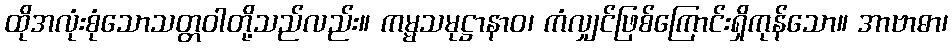
ထိုအလုံးစုံသောသတ္တဝါတို့သည်လည်း။ ကမ္မသမုဋ္ဌာနာဝ၊ ကံလျှင်ဖြစ်ကြောင်းရှိကုန်သော။ အာဗာဓာ၊